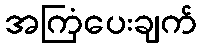
အကြံပေးချက်